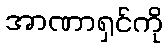
အာဏာရှင်ကို